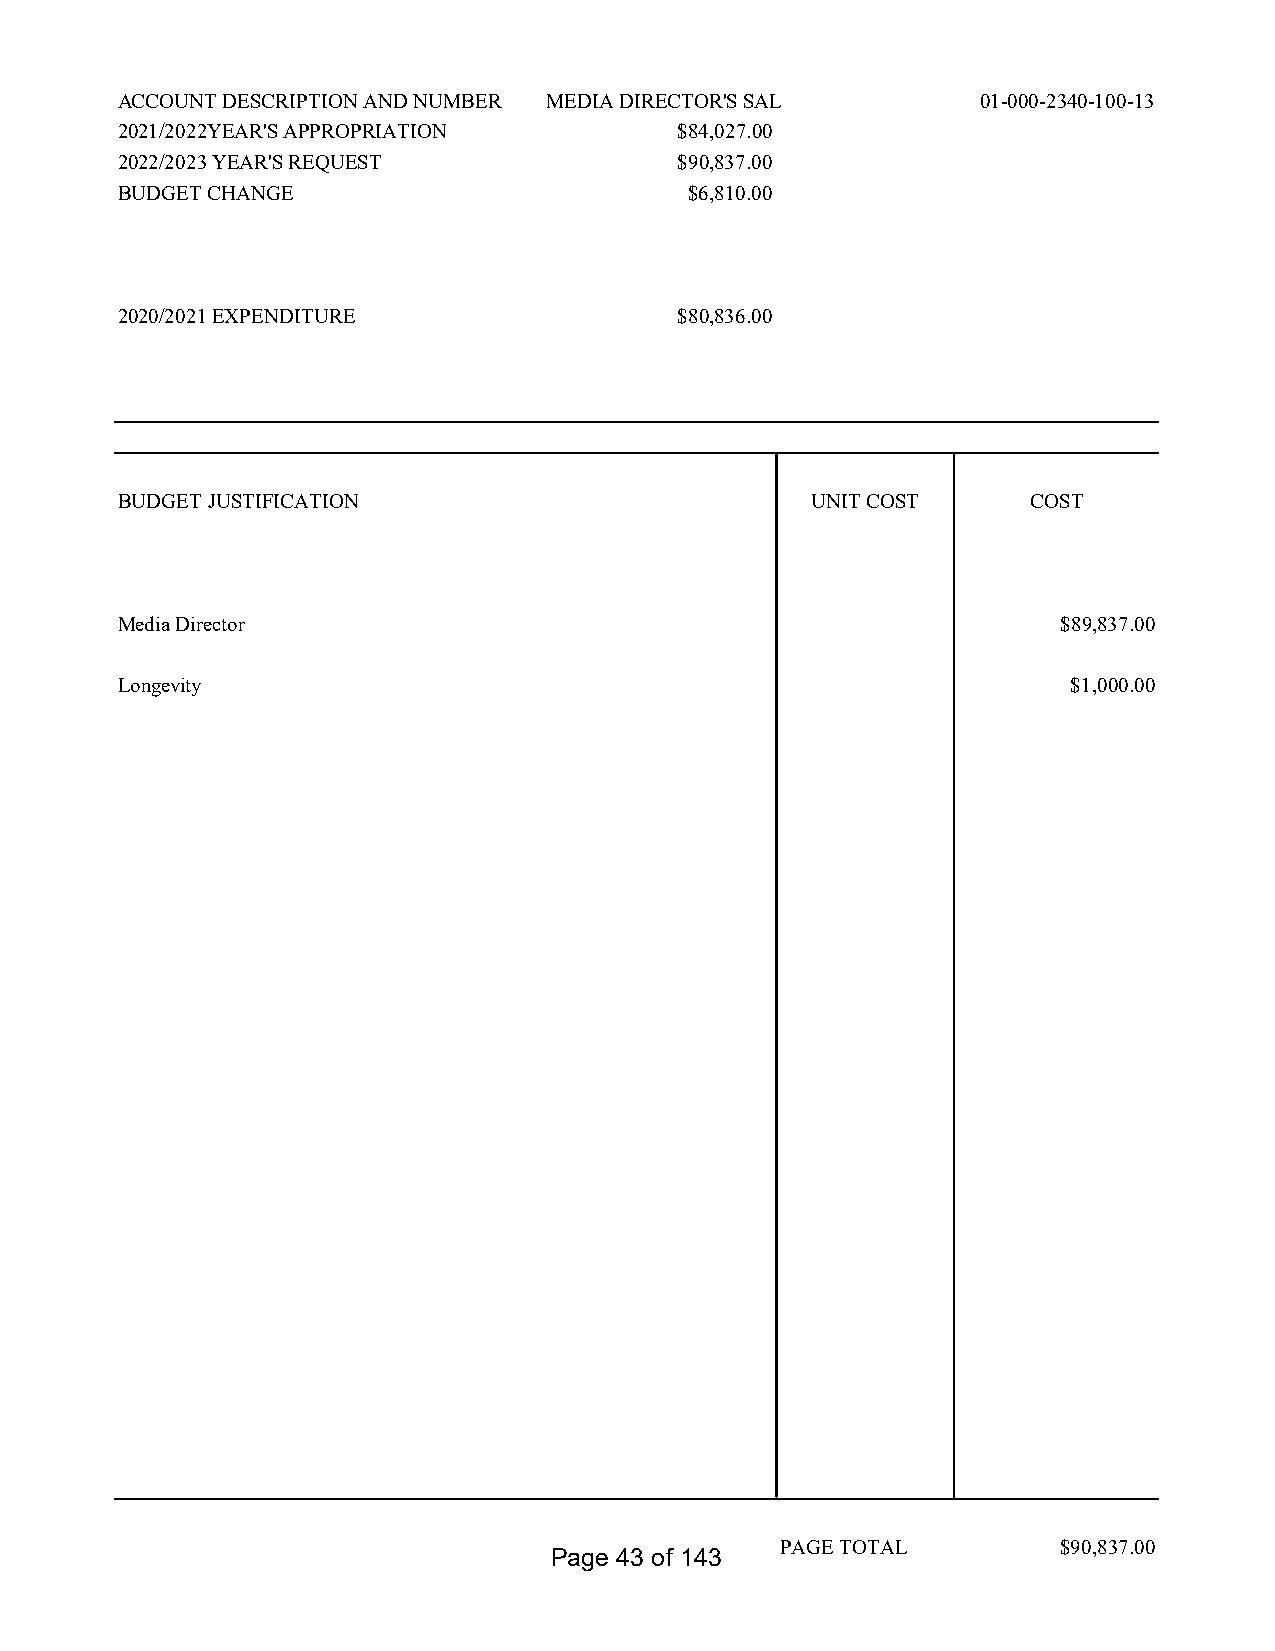
ACCOUNT DESCRIPTION AND NUMBER MEDIA DIRECTOR'S SAL      01-000-2340-100-13
 2021/2022YEAR'S APPROPRIATION        $84,027.00
 2022/2023 YEAR'S REQUEST             $90,837.00
 BUDGET CHANGE                         $6,810.00
 2020/2021 EXPENDITURE                $80,836.00
 BUDGET JUSTIFICATION                          UNIT COST     COST
 Media Director                                                $89,837.00
 Longevity                                                      $1,000.00
 PAGE TOTAL        $90,837.00
 Page 43 of 143